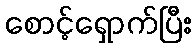
စောင့်ရှောက်ပြီး